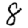
Digit: 8